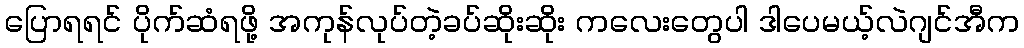
ပြောရရင် ပိုက်ဆံရဖို့ အကုန်လုပ်တဲ့ခပ်ဆိုးဆိုး ကလေးတွေပါ ဒါပေမယ့်လဲဂျင်အီက